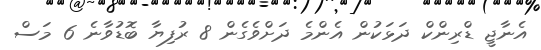
އެނާޖީ ޑްރިންކް ދަޅަކުން އެންމެ ދަށްވެގެން 8 ރުފިޔާ ބޮޑުވާނެ 6 މަސް